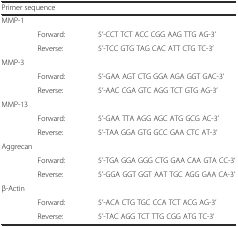
<table><thead><tr><td colspan="3"><b>Primer sequence</b></td></tr></thead><tbody><tr><td colspan="3">MMP-1</td></tr><tr><td></td><td>Forward:</td><td>5’-CCT TCT ACC CGG AAG TTG AG-3’</td></tr><tr><td></td><td>Reverse:</td><td>5’-TCC GTG TAG CAC ATT CTG TC-3’</td></tr><tr><td colspan="3">MMP-3</td></tr><tr><td></td><td>Forward:</td><td>5’-GAA AGT CTG GGA AGA GGT GAC-3’</td></tr><tr><td></td><td>Reverse:</td><td>5’-AAC CGA GTC AGG TCT GTG AG-3’</td></tr><tr><td colspan="3">MMP-13</td></tr><tr><td></td><td>Forward:</td><td>5’-GAA TTA AGG AGC ATG GCG AC-3’</td></tr><tr><td></td><td>Reverse:</td><td>5’-TAA GGA GTG GCC GAA CTC AT-3’</td></tr><tr><td colspan="3">Aggrecan</td></tr><tr><td></td><td>Forward:</td><td>5’-TGA GGA GGG CTG GAA CAA GTA CC-3’</td></tr><tr><td></td><td>Reverse:</td><td>5’-GGA GGT GGT AAT TGC AGG GAA CA-3’</td></tr><tr><td colspan="3">β-Actin</td></tr><tr><td></td><td>Forward:</td><td>5’-ACA CTG TGC CCA TCT ACG AG-3’</td></tr><tr><td></td><td>Reverse:</td><td>5’-TAC AGG TCT TTG CGG ATG TC-3’</td></tr></tbody></table>